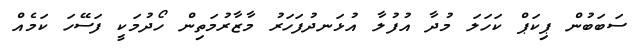
ސަބަބުން ޕިކަޕް ކަހަލަ މުދާ އުފުލާ އުޅަނދުފަހަރު މާޒާރުމަތިން ހޯދުމަކީ ފަސޭހަ ކަމެއް